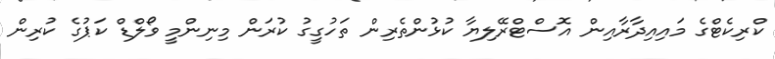
ކްރިކެޓްގެ މައިއިދާރާއިން އޮސްޓްރޭލިޔާ ކުޅުންތެރިން ތަހުގީގު ކުރަން މިނިންމީ ވޯލްޑް ކަޕުގެ ކުރިން